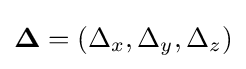
\mathbf {\Delta } =(\Delta _{x},\Delta _{y},\Delta _{z})